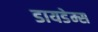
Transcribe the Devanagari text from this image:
डायडेम्स